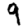
Digit: 9